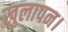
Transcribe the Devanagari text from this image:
खुलापन।